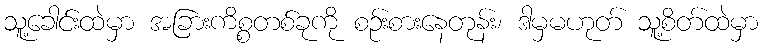
သူ့ခေါင်းထဲမှာ အခြားကိစ္စတစ်ခုကို စဉ်းစားနေတုန်း၊ ဒါမှမဟုတ် သူ့စိတ်ထဲမှာ